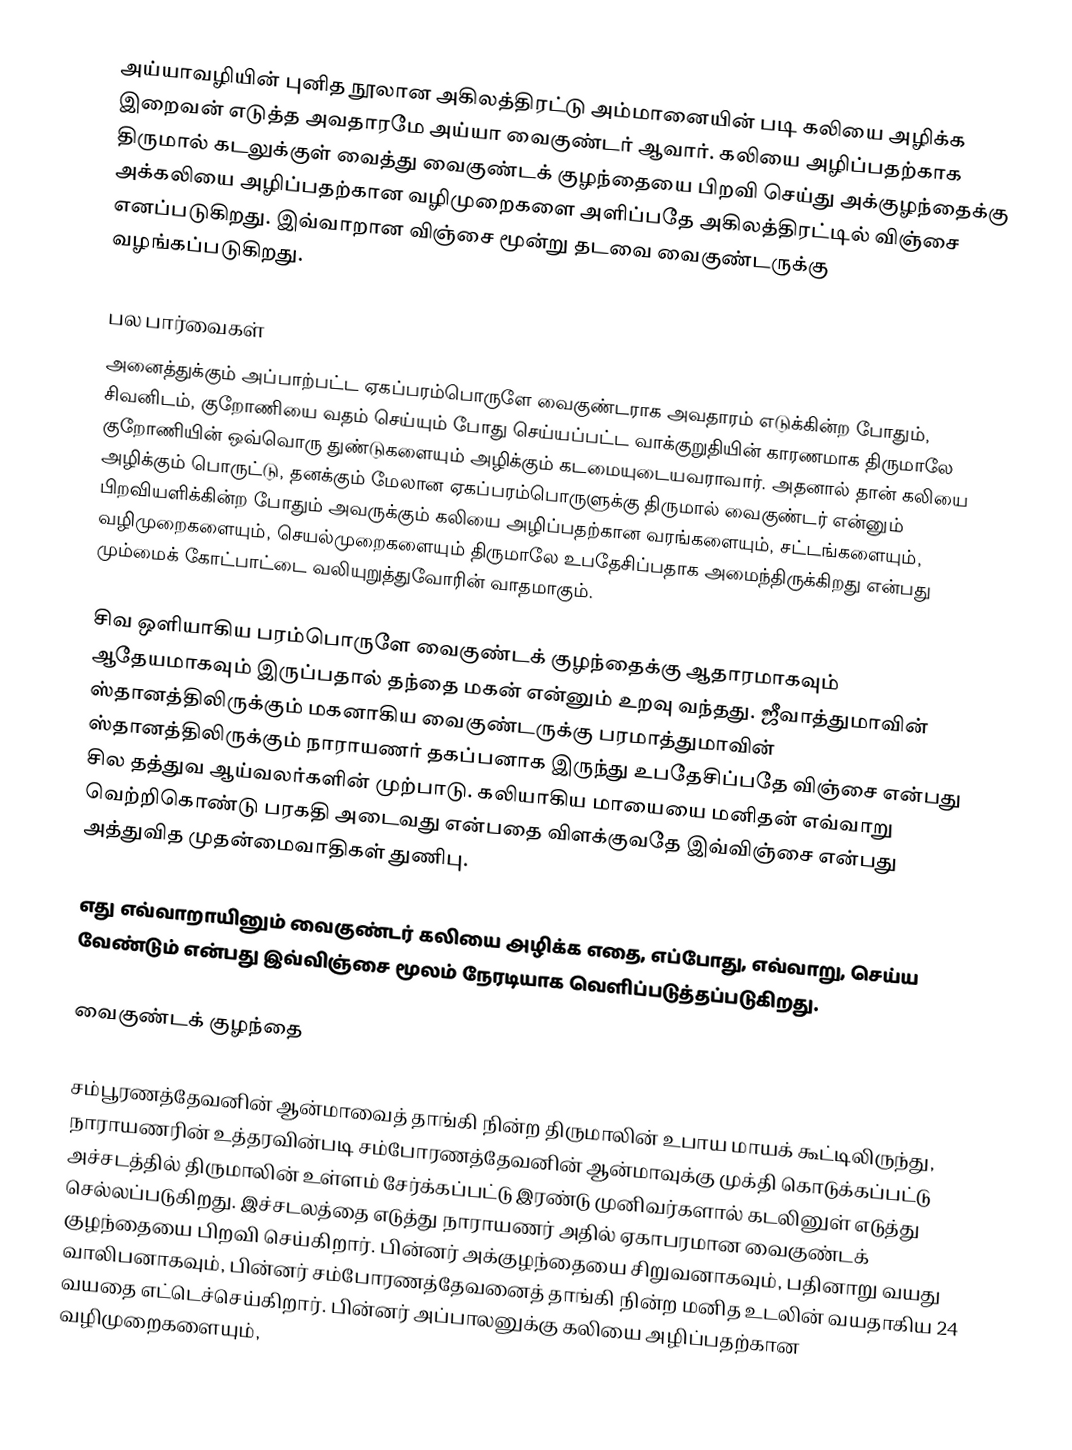
அய்யாவழியின் புனித நூலான அகிலத்திரட்டு அம்மானையின் படி கலியை அழிக்க இறைவன் எடுத்த அவதாரமே அய்யா வைகுண்டர் ஆவார். கலியை அழிப்பதற்காக திருமால் கடலுக்குள் வைத்து வைகுண்டக் குழந்தையை பிறவி செய்து அக்குழந்தைக்கு அக்கலியை அழிப்பதற்கான வழிமுறைகளை அளிப்பதே அகிலத்திரட்டில் விஞ்சை எனப்படுகிறது. இவ்வாறான விஞ்சை மூன்று தடவை வைகுண்டருக்கு வழங்கப்படுகிறது.

பல பார்வைகள்
அனைத்துக்கும் அப்பாற்பட்ட ஏகப்பரம்பொருளே வைகுண்டராக அவதாரம் எடுக்கின்ற போதும், சிவனிடம், குறோணியை வதம் செய்யும் போது செய்யப்பட்ட வாக்குறுதியின் காரணமாக திருமாலே குறோணியின் ஒவ்வொரு துண்டுகளையும் அழிக்கும் கடமையுடையவராவார். அதனால் தான் கலியை அழிக்கும் பொருட்டு, தனக்கும் மேலான ஏகப்பரம்பொருளுக்கு திருமால் வைகுண்டர் என்னும் பிறவியளிக்கின்ற போதும் அவருக்கும் கலியை அழிப்பதற்கான வரங்களையும், சட்டங்களையும், வழிமுறைகளையும், செயல்முறைகளையும் திருமாலே உபதேசிப்பதாக அமைந்திருக்கிறது என்பது மும்மைக் கோட்பாட்டை வலியுறுத்துவோரின் வாதமாகும்.

சிவ ஒளியாகிய பரம்பொருளே வைகுண்டக் குழந்தைக்கு ஆதாரமாகவும் ஆதேயமாகவும் இருப்பதால் தந்தை மகன் என்னும் உறவு வந்தது. ஜீவாத்துமாவின் ஸ்தானத்திலிருக்கும் மகனாகிய வைகுண்டருக்கு பரமாத்துமாவின் ஸ்தானத்திலிருக்கும் நாராயணர் தகப்பனாக இருந்து உபதேசிப்பதே விஞ்சை என்பது சில தத்துவ ஆய்வலர்களின் முற்பாடு. கலியாகிய மாயையை மனிதன் எவ்வாறு வெற்றிகொண்டு பரகதி அடைவது என்பதை விளக்குவதே இவ்விஞ்சை என்பது அத்துவித முதன்மைவாதிகள் துணிபு.

எது எவ்வாறாயினும் வைகுண்டர் கலியை அழிக்க எதை, எப்போது, எவ்வாறு, செய்ய வேண்டும் என்பது இவ்விஞ்சை மூலம் நேரடியாக வெளிப்படுத்தப்படுகிறது.

வைகுண்டக் குழந்தை

சம்பூரணத்தேவனின் ஆன்மாவைத் தாங்கி நின்ற திருமாலின் உபாய மாயக் கூட்டிலிருந்து, நாராயணரின் உத்தரவின்படி சம்போரணத்தேவனின் ஆன்மாவுக்கு முக்தி கொடுக்கப்பட்டு அச்சடத்தில் திருமாலின் உள்ளம் சேர்க்கப்பட்டு இரண்டு முனிவர்களால் கடலினுள் எடுத்து செல்லப்படுகிறது. இச்சடலத்தை எடுத்து நாராயணர் அதில் ஏகாபரமான வைகுண்டக் குழந்தையை பிறவி செய்கிறார். பின்னர் அக்குழந்தையை சிறுவனாகவும், பதினாறு வயது வாலிபனாகவும், பின்னர் சம்போரணத்தேவனைத் தாங்கி நின்ற மனித உடலின் வயதாகிய 24 வயதை எட்டெச்செய்கிறார். பின்னர் அப்பாலனுக்கு கலியை அழிப்பதற்கான வழிமுறைகளையும்,